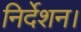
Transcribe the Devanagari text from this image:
निर्देशन।